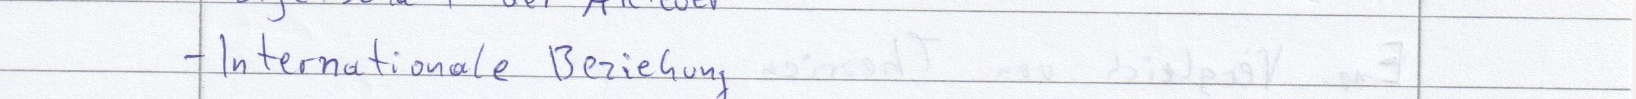
- Internationale Beziehung